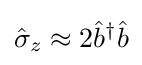
{\hat {\sigma }}_{z}\approx 2{\hat {b}}^{\dagger }{\hat {b}}